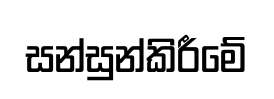
සන්සුන්කිරීමේ